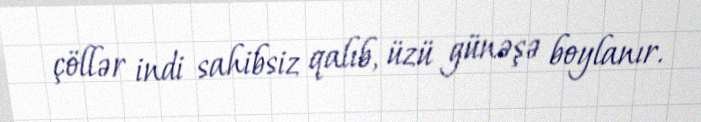
çöllər indi sahibsiz qalıb, üzü günəşə boylanır.